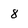
Character: 8